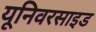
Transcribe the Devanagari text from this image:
यूनिवरसाइड